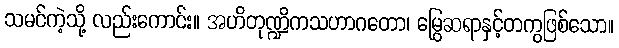
သမင်ကဲ့သို့ လည်းကောင်း။ အဟိတုဏ္ဍိကသဟာဂတော၊ မြွေဆရာနှင့်တကွဖြစ်သော။